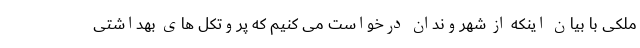
ملکی با بیان اینکه از شهروندان درخواست می کنیم که پروتکل های بهداشتی